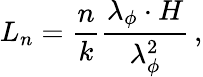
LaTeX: L_{n}=\frac{n}{k}\frac{\lambda_{\phi}\cdot H}{\lambda_{\phi}^{2}}\, ,